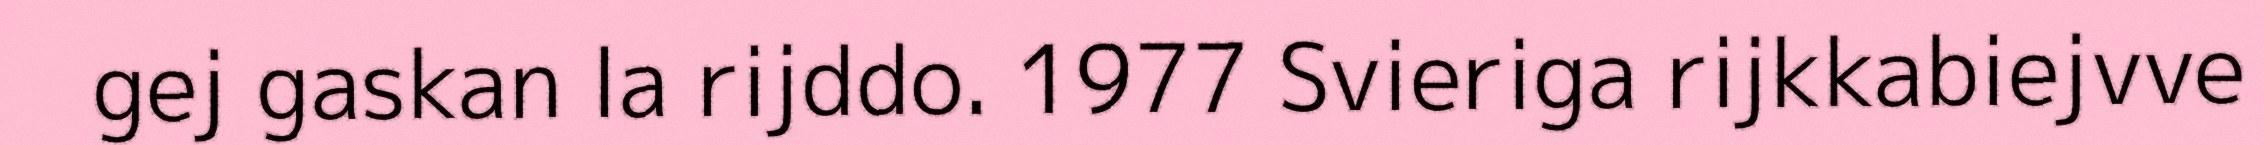
gej gaskan la rijddo. 1977 Svieriga rijkkabiejvve